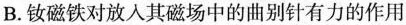
B.钕磁铁对放入其磁场中的曲别针有力的作用